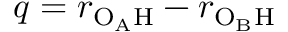
q = r _ { \mathrm { O _ { A } H } } - r _ { \mathrm { O _ { B } H } }